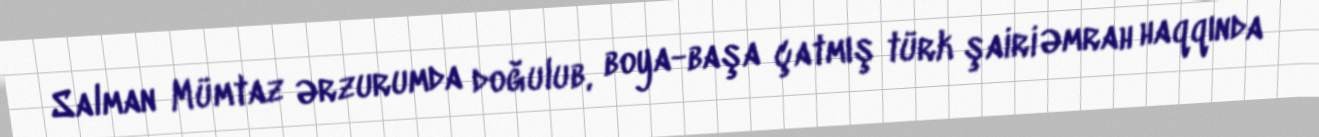
Salman Mümtaz Ərzurumda doğulub, boya-başa çatmış türk şairi Əmrah haqqında